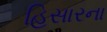
હિસારના